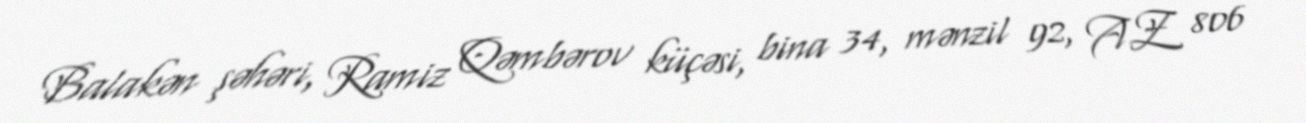
Balakən şəhəri, Ramiz Qəmbərov küçəsi, bina 34, mənzil 92, AZ 806